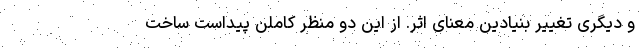
و دیگری تغییر بنیادین معنای اثر. از این دو منظر کاملن پیداست ساخت